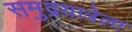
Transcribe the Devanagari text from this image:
समुद्रयात्रेला